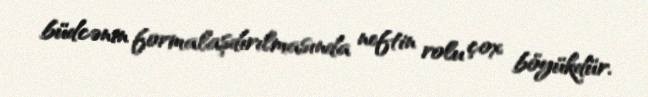
büdcənin formalaşdırılmasında neftin rolu çox böyükdür.